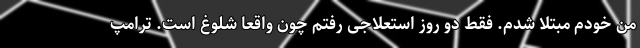
من خودم مبتلا شدم. فقط دو روز استعلاجی رفتم چون واقعاً شلوغ است. ترامپ